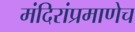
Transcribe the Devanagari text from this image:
मंदिरांप्रमाणेच